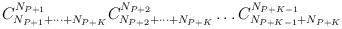
LaTeX: \begin{align*}C^{N_{P+1}}_{N_{P+1}+\dots +N_{P+K}}C^{N_{P+2}}_{N_{P+2}+\dots+N_{P+K}}\dots C^{N_{P+K-1}}_{N_{P+K-1}+N_{P+K}}\end{align*}